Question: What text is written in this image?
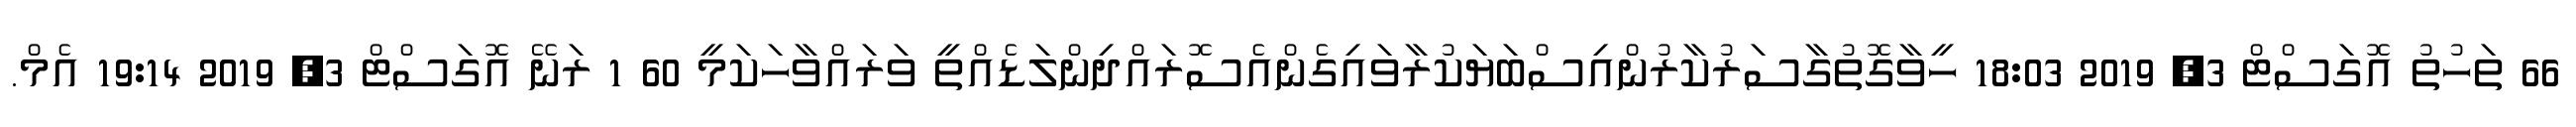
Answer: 66 ތަހުތު އޮގަސްޓް 3, 2019 18:03 ހީވާގޮތުގާސަރުކާރުންއިސްބަޔަކުރާވައިގެންއެސޮރައްދިންލަޑެއްތީ ވަރައްވާހަކަމީ 60 1 ރަނޭ އޮގަސްޓް 3, 2019 19:14 އެމް.